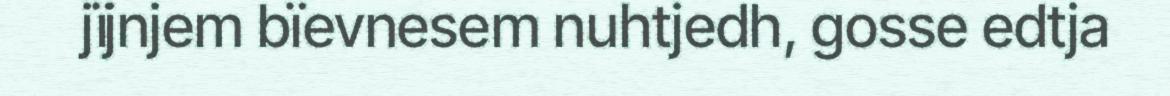
jïjnjem bïevnesem nuhtjedh, gosse edtja